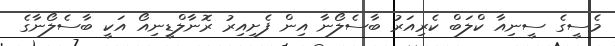
މެސީގެ ސީނިއާ ކްލަބް ކެރިއަރު ބާސެލޯނާ އިން ފެށިއިރު ރޮނާލްޑީނިއޯ އަކީ ބާސެލޯނާގެ